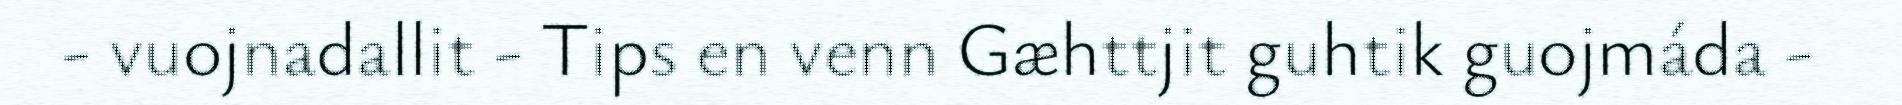
- vuojnadallit - Tips en venn Gæhttjit guhtik guojmáda -